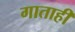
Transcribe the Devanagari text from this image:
गाताही